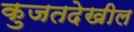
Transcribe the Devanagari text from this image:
कुजतदेखील